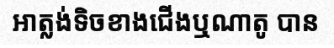
អាត្លង់ទិចខាងជើងឬណាតូ បាន